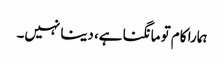
ہمارا کام تو مانگنا ہے، دینا نہیں۔